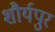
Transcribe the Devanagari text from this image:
शौर्यपुर